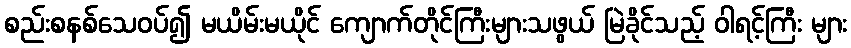
စည်းစနစ်သေဝပ်၍ မယိမ်းမယိုင် ကျောက်တိုင်ကြီးများသဖွယ် မြဲခိုင်သည့် ဝါရင့်ကြီး များ